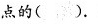
点的().